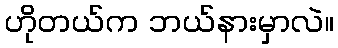
ဟိုတယ်က ဘယ်နားမှာလဲ။